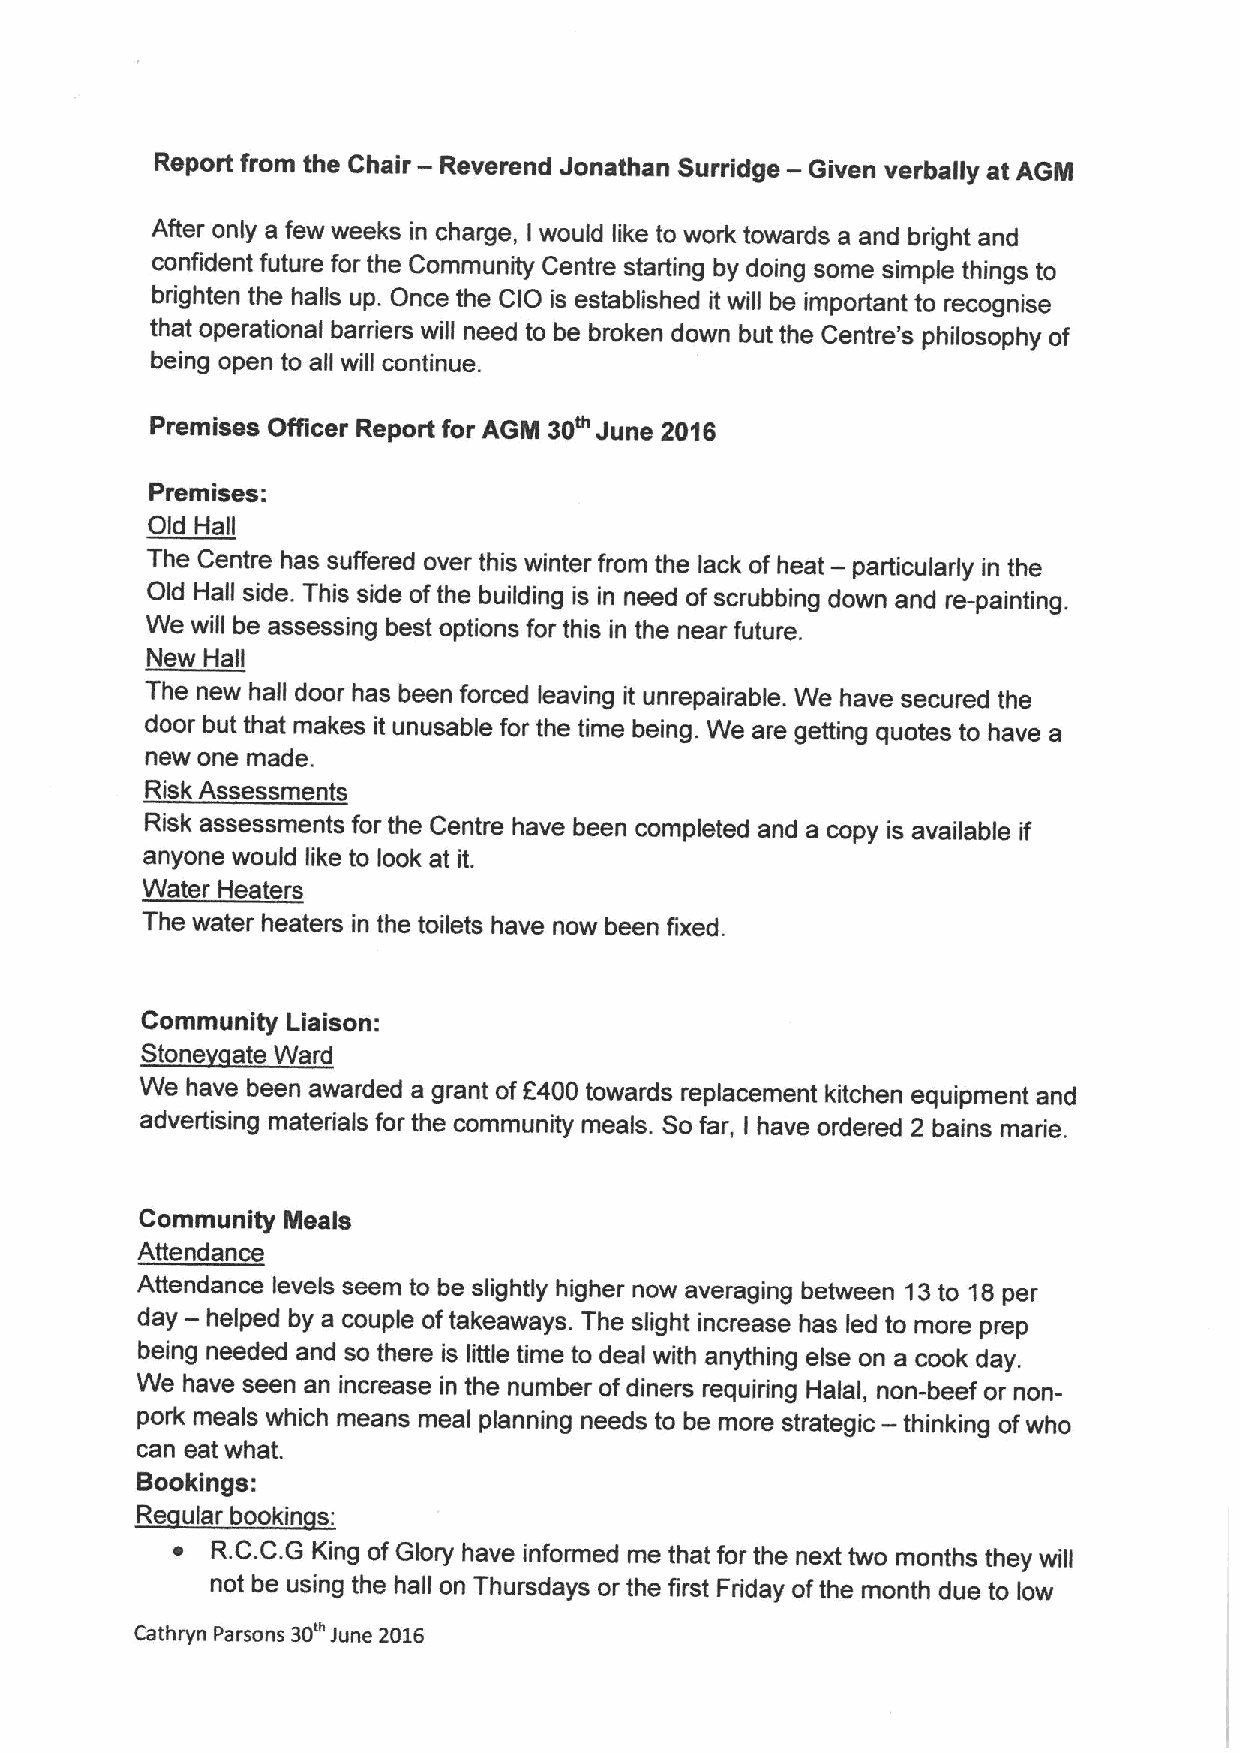
Report from the Chair — Reverend Jonathan Surridge — Given verbally at AGM
 After only a few weeks in charge, I would like to work towards a and bright and
 confident future for the Community Centre starting by doing some simple things to
 brighten the halls up. Once the CIO is established it will be important to recognise
 that operational barriers will need to be broken down but the Centre's philosophy of
 being open to all will continue.
 Premises Officer Report for AGM 30~June 2016
 Premises:
 Old Hall
 The Centre has suffered over this winter from the lack of heat — particularly in the
 Old Hall side. This side ofthe building is in need ofscrubbing down and re-painting.
 We will be assessing best options for this in the near future.
 New Hall
 The new hall door has been forced leaving it unrepairable. We have secured the
 door but that makes it unusable for the time being. We are getting quotes to have a
 new one made.
 Risk Assessments
 Risk assessments for the Centre have been completed and a copy is available if
 anyone would like to look at it.
 Water Heaters
 The water heaters in the toilets have now been fixed.
 Community Liaison:
 We have been awarded a grant off400 towards replacement kitchen equipment and
 advertising materials for the community meals. Sofar, have ordered 2 bains marie.
 I
 Community Meals
 Attendance
 Attendance levels seem to be slightly higher now averaging between 13to 18per
 day — helped by a couple oftakeaways. The slight increase has led to more prep
 being needed and so there is little time to deal with anything else on a cook day.
 We have seen an increase in the number ofdiners requiring Halal, non-beef or non-
 pork meals which means meal planning needs to be more strategic — thinking ofwho
 can eat what.
 Bookings:
 ~  R.C.C.G King ofGlory have informed me that for the next two months they will
 not be using the hall on Thursdays or the first Friday ofthe month due to low
 Cathryn Parsons 30 June 2016